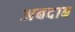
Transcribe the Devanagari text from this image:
अबदाब